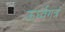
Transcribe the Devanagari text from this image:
ऊर्ध्वगत्र